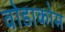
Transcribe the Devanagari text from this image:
वोडाकोम